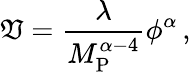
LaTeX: \mathfrak{V}=\frac{{\lambda}}{{M_{\mathrm{{P}}}^{\alpha-4}}}\phi^{\alpha}\, ,